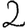
Digit: 2